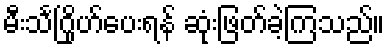
မီးသင်္ဂြိုဟ်ပေးရန် ဆုံးဖြတ်ခဲ့ကြသည်။